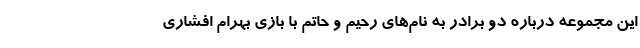
این مجموعه درباره دو برادر به نام‌های رحیم و حاتم با بازی بهرام افشاری